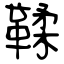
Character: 鞣